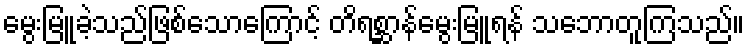
မွေးမြူခဲ့သည်ဖြစ်သောကြောင့် တိရစ္ဆာန်မွေးမြူရန် သဘောတူကြသည်။